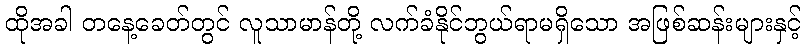
ထိုအခါ တနေ့ခေတ်တွင် လူသာမာန်တို့ လက်ခံနိုင်ဘွယ်ရာမရှိသော အဖြစ်ဆန်းများနှင့်